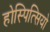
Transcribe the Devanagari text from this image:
होस्पित्सियो